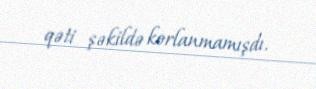
qəti şəkildə korlanmamışdı.